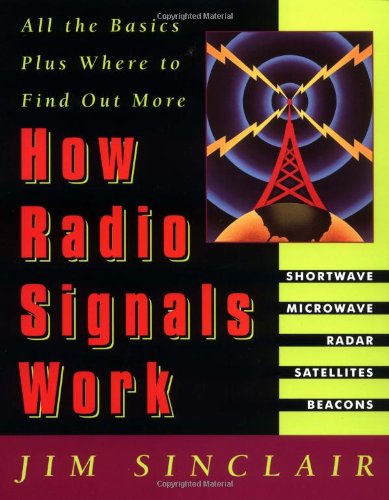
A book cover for How Radio Signals Work; Jim Sinclair; Crafts, Hobbies & Home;